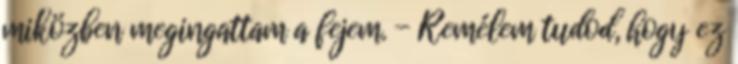
miközben megingattam a fejem. - Remélem tudod, hogy ez